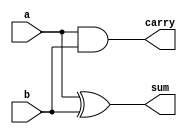
module HA(input a,b,output sum,carry);
  assign sum=a^b;
  assign carry=a&b;
endmodule

module FA(input a,b,cin,output s,cout);
  wire c,c1,sum;
  HA ha1(a,b,s,c);
  HA ha2(s,cin,sum,c1);
  assign cout=c|c1;
 
endmodule